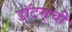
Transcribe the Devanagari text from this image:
डॉटस्‌ची